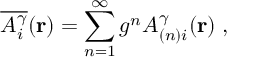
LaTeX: \overline { { { { \cal { A } } _ { i } ^ { \gamma } } } } ( { \bf { r } } ) = \sum _ { n = 1 } ^ { \infty } g ^ { n } { \cal { A } } _ { ( n ) i } ^ { \gamma } ( { \bf { r } } ) \; ,